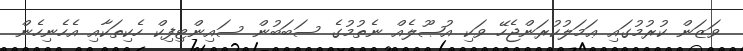
ވަޒަން ކުރުމުގައި ޢަމަލުކުރަންޖެހޭ ވަކި އުޞޫލެއް ނެތުމުގެ ސަބަބުން ސައިންޓިފިކް ހެކިތަކާއި އެހެނިހެން